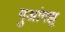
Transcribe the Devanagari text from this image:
गुआंगझू